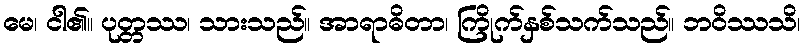
မေ၊ ငါ၏။ ပုတ္တဿ၊ သားသည်။ အာရာဓိတာ၊ ကြိုက်နှစ်သက်သည်။ ဘဝိဿသိ၊